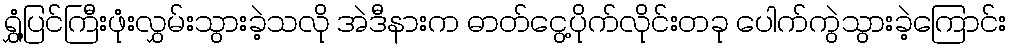
ရွှံ့ပြင်ကြီးဖုံးလွှမ်းသွားခဲ့သလို အဲဒီနားက ဓာတ်ငွေ့ပိုက်လိုင်းတခု ပေါက်ကွဲသွားခဲ့ကြောင်း